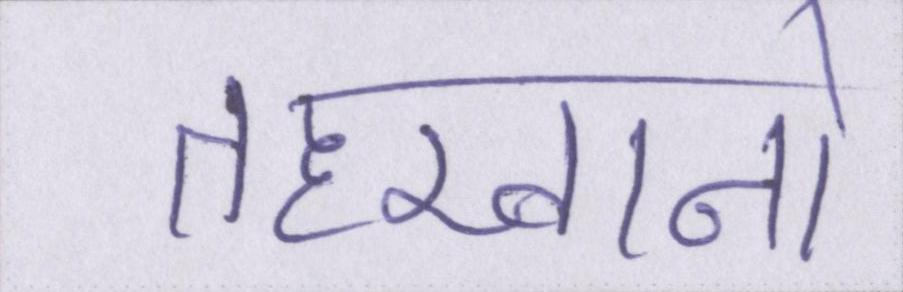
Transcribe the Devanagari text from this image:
तहखानो